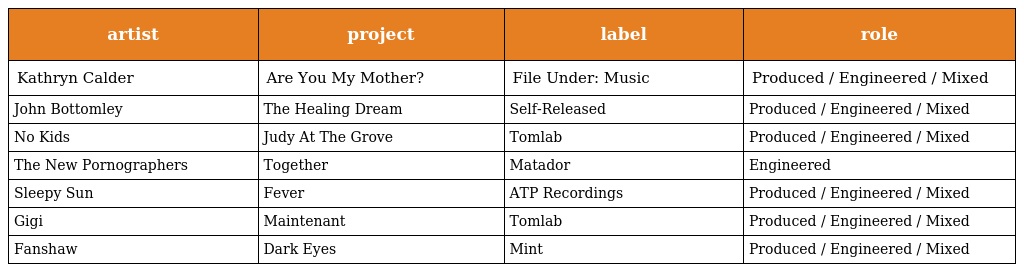
| artist | project | label | role |
 | --- | --- | --- | --- |
 | Kathryn Calder | Are You My Mother? | File Under: Music | Produced / Engineered / Mixed |
 | John Bottomley | The Healing Dream | Self-Released | Produced / Engineered / Mixed |
 | No Kids | Judy At The Grove | Tomlab | Produced / Engineered / Mixed |
 | The New Pornographers | Together | Matador | Engineered |
 | Sleepy Sun | Fever | ATP Recordings | Produced / Engineered / Mixed |
 | Gigi | Maintenant | Tomlab | Produced / Engineered / Mixed |
 | Fanshaw | Dark Eyes | Mint | Produced / Engineered / Mixed |